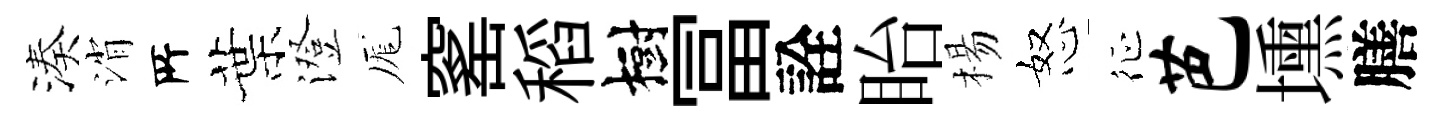
湊消𠩄葉澄厖窰稻樹冨詮眙楊怒征芭壎膳